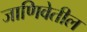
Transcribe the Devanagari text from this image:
जाणिवेतील